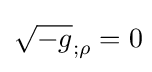
{\sqrt {-g}}_{;\rho }=0\!